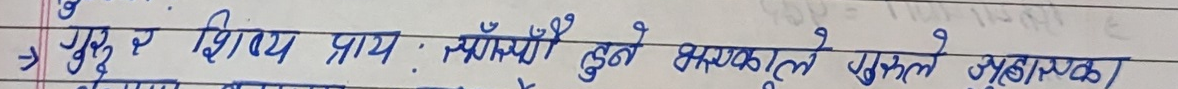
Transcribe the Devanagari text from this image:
गुरु र शिष्य प्रायः सँगसँगै ढुने अवसरले पहिले अज्ञानता